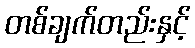
တစ်ချက်တည်းနှင့်